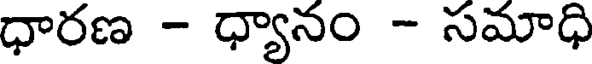
ధారణ - ధ్యానం - సమాధి